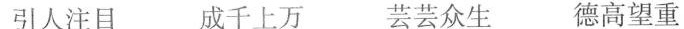
引人注目 成千上万 芸芸众生 德高望重